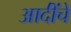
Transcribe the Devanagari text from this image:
आदींंचे